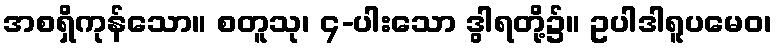
အစရှိကုန်သော။ စတူသု၊ ၄-ပါးသော ဒွါရတို့၌။ ဥပါဒါရူပမေဝ၊